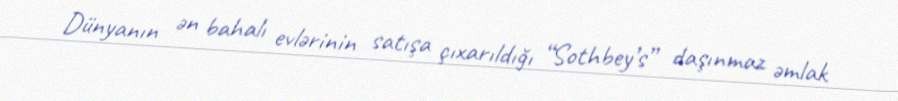
Dünyanın ən bahalı evlərinin satışa çıxarıldığı “Sothbey’s” daşınmaz əmlak